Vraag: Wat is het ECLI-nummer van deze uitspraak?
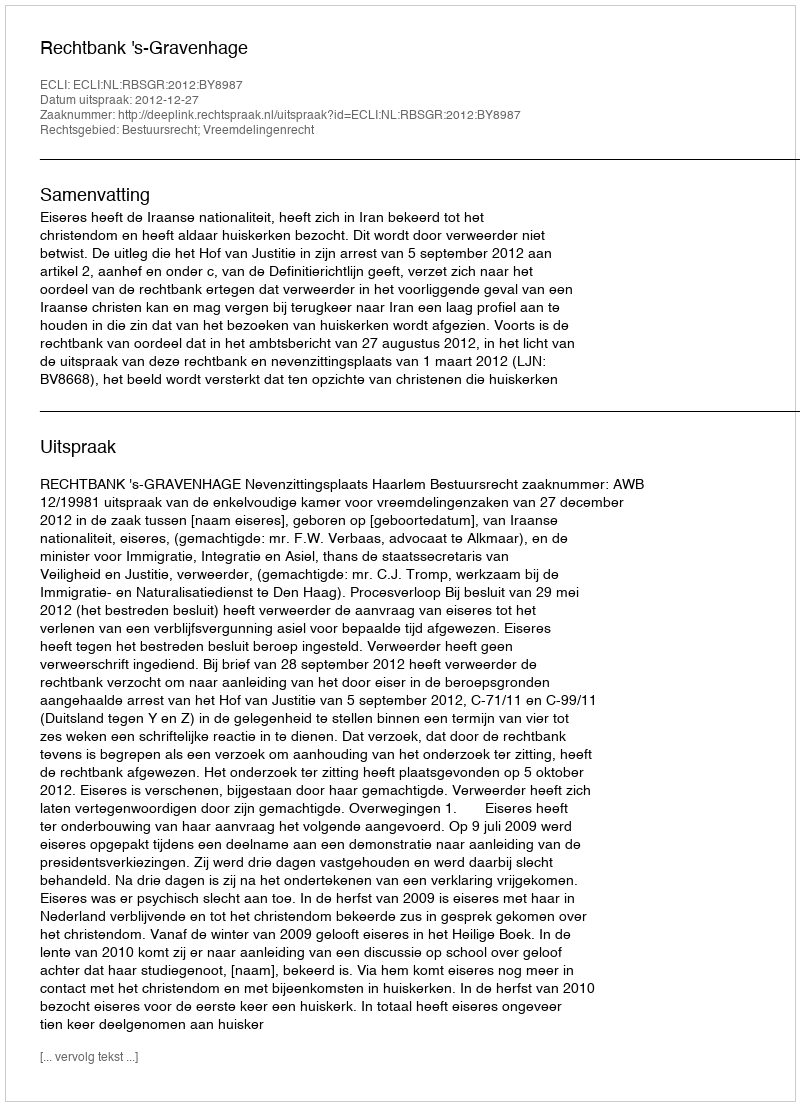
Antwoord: ECLI:NL:RBSGR:2012:BY8987